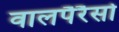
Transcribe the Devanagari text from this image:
वालपैरैसो